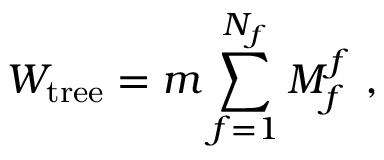
{ \cal W } _ { \mathrm { t r e e } } = m \sum _ { f = 1 } ^ { N _ { f } } M _ { f } ^ { f } ~ ,